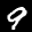
Label: 9